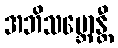
အဘိသမ္ဘောန္တီ